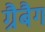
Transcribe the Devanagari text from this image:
ग्रैबैग